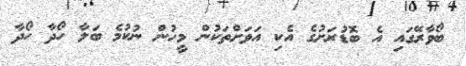
ބޯވާރޭގައި އެ ބޮޑުރަށުގެ އެކި އަވަށްތަކުން މީހުން ނުކުމެ ބަލާ ހޯދާ ހޯދާ